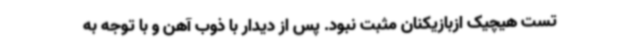
تست هیچیک ازبازیکنان مثبت نبود. پس از دیدار با ذوب آهن و با توجه به